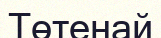
Төтенай